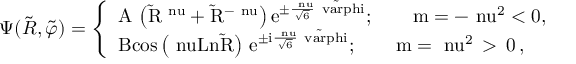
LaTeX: \Psi ( \tilde { R } , \tilde { \varphi } ) = \left\{ \begin{array} { l } { { \mathrm { A \, \left( \tilde { R } ^ { \ n u } + \tilde { R } ^ { - \ n u } \right) e ^ { \pm \frac { \ n u } { \sqrt { 6 } } \tilde { \ v a r p h i } } } ; \qquad \mathrm { m = - \ n u ^ { 2 } < 0 , } } } \\ { { \mathrm { B c o s \left( \ n u L n \tilde { R } \right) \, e ^ { \pm i \frac { \ n u } { \sqrt { 6 } } \tilde { \ v a r p h i } } } ; \qquad \mathrm { m = \ n u ^ { 2 } } \, > \, 0 \, , } } \end{array} \right.